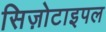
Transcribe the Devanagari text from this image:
सिज़ोटाइपल